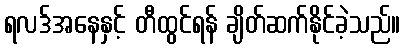
ရလဒ်အနေနှင့် တီထွင်ရန် ချိတ်ဆက်နိုင်ခဲ့သည်။